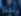
تختار